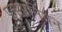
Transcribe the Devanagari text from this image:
पनामनियन